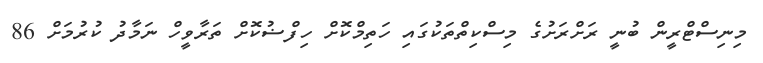
މިނިސްޓްރީން ބުނީ ރަށްރަށުގެ މިސްކިތްތަކުގައި ހަތިމްކޮށް ހިފްޟުކޮށް ތަރާވީހް ނަމާދު ކުރުމަށް 86